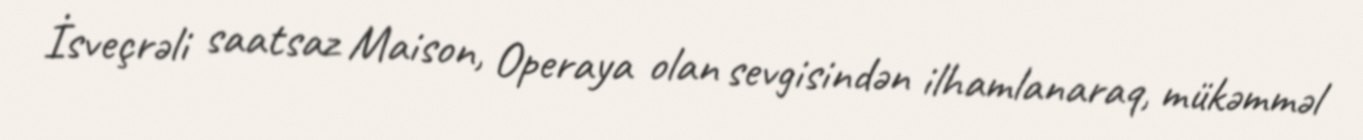
İsveçrəli saatsaz Maison, Operaya olan sevgisindən ilhamlanaraq, mükəmməl